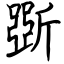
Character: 斲